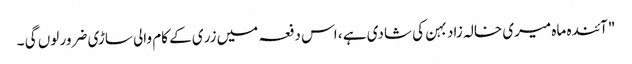
"آئندہ ماہ میری خالہ زاد بہن کی شادی ہے ، اس دفعہ میں زری کے کام والی ساڑی ضرور لوں گی ۔